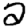
Digit: 2